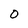
Character: O